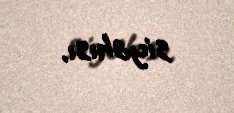
siyahısı.